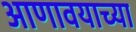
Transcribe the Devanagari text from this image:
आणावयाच्या